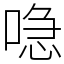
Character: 喼